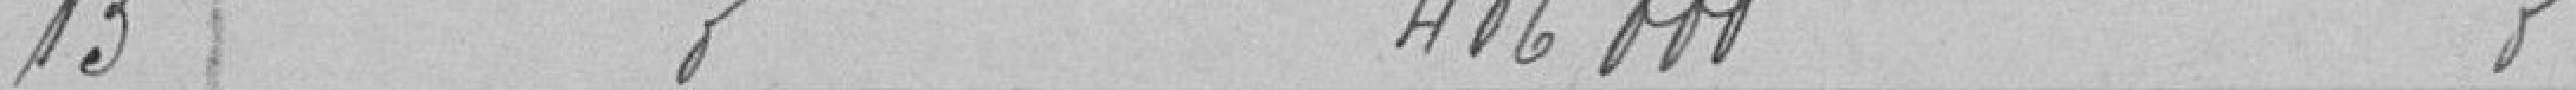
13 406 000